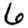
Digit: 6